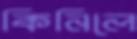
কিনিলে